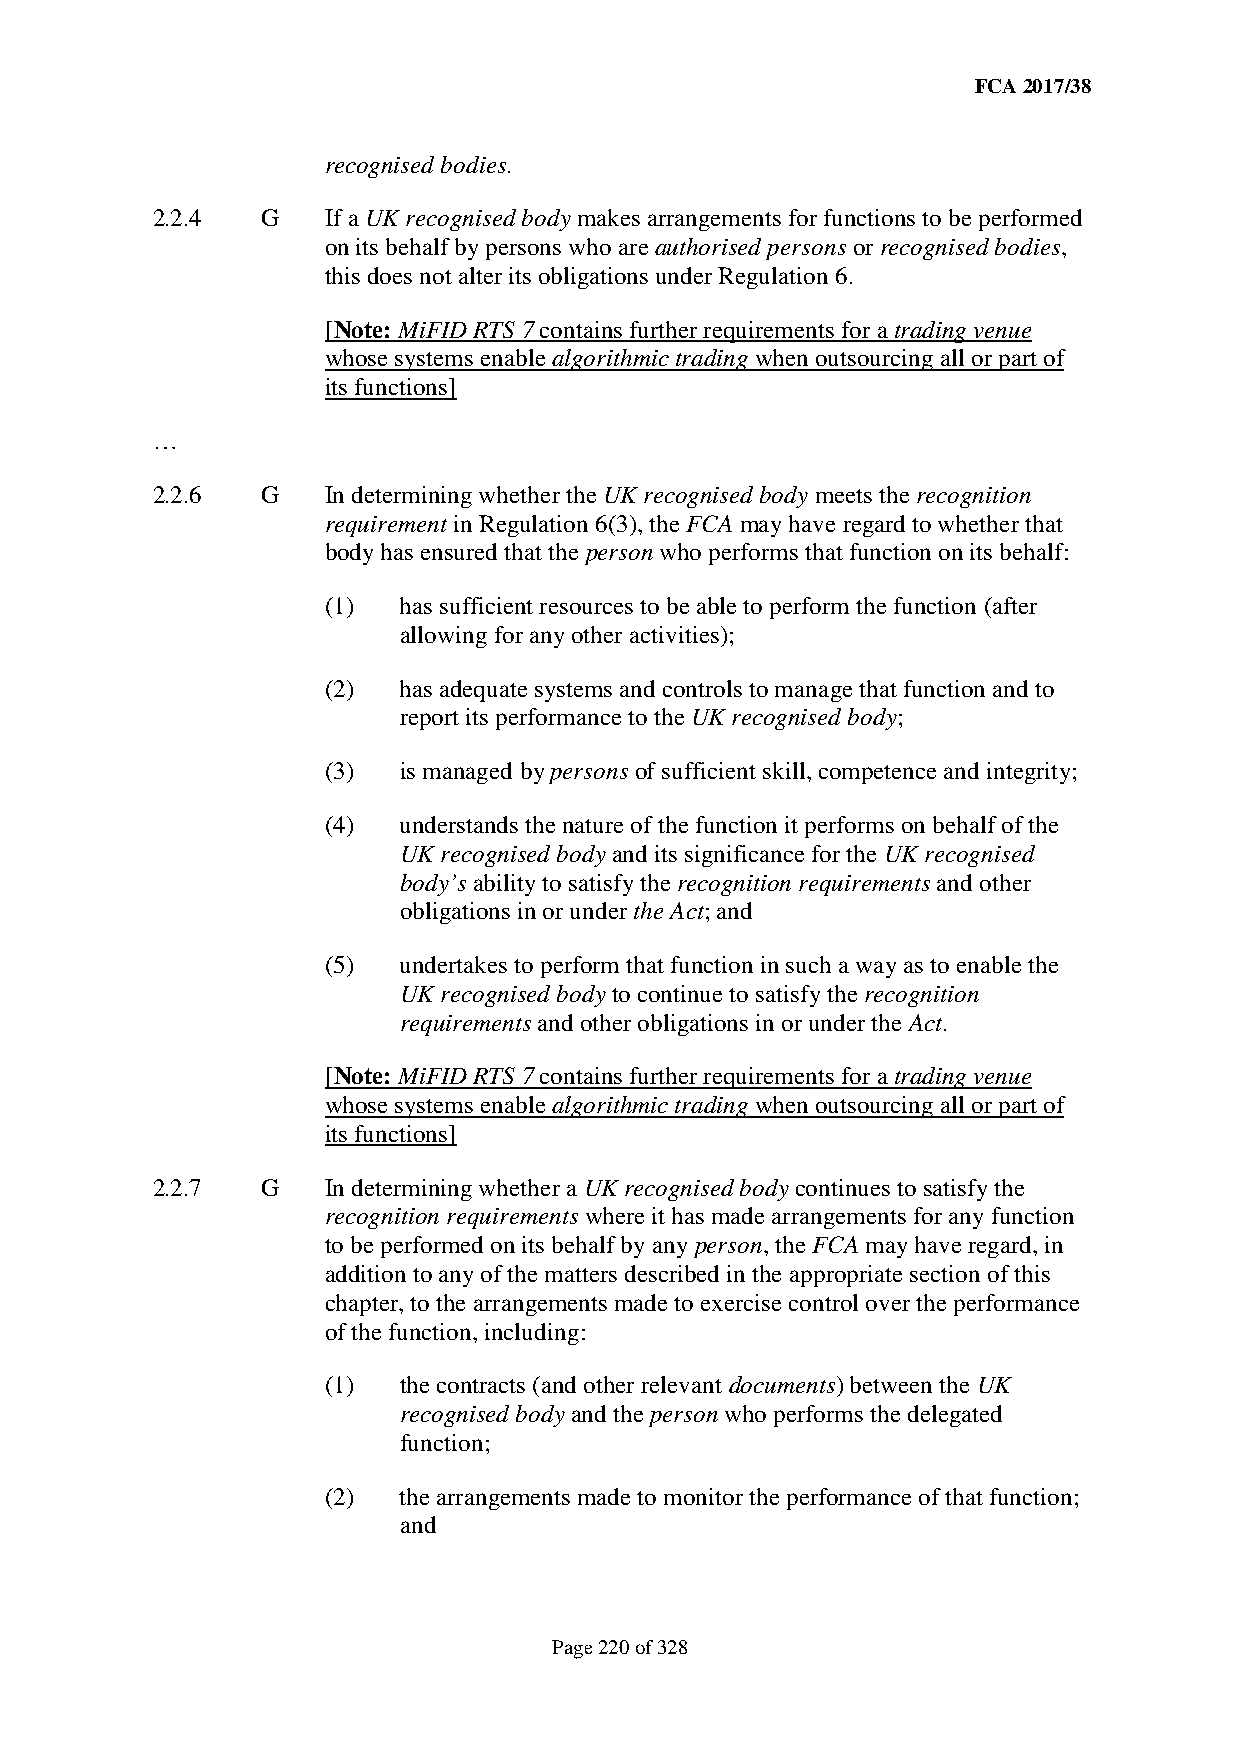
FCA 2017/38
 recognised bodies.
 2.2.4  G    If a UK recognised body makes arrangements for functions to be performed
 on its behalf by persons who are authorised persons or recognised bodies,
 this does not alter its obligations under Regulation 6.
 [Note: MiFID RTS 7 contains further requirements for a trading venue
 whose systems enable algorithmic trading when outsourcing all or part of
 its functions]
 …
 2.2.6  G    In determining whether the UK recognised body meets the recognition
 requirement in Regulation 6(3), the FCA may have regard to whether that
 body has ensured that the person who performs that function on its behalf:
 (1) has sufficient resources to be able to perform the function (after
 allowing for any other activities);
 (2) has adequate systems and controls to manage that function and to
 report its performance to the UK recognised body;
 (3) is managed by persons of sufficient skill, competence and integrity;
 (4) understands the nature of the function it performs on behalf of the
 UK recognised body and its significance for the UK recognised
 body’s ability to satisfy the recognition requirements and other
 obligations in or under the Act; and
 (5) undertakes to perform that function in such a way as to enable the
 UK recognised body to continue to satisfy the recognition
 requirements and other obligations in or under the Act.
 [Note: MiFID RTS 7 contains further requirements for a trading venue
 whose systems enable algorithmic trading when outsourcing all or part of
 its functions]
 2.2.7  G    In determining whether a UK recognised body continues to satisfy the
 recognition requirements where it has made arrangements for any function
 to be performed on its behalf by any person, the FCA may have regard, in
 addition to any of the matters described in the appropriate section of this
 chapter, to the arrangements made to exercise control over the performance
 of the function, including:
 (1) the contracts (and other relevant documents) between the UK
 recognised body and the person who performs the delegated
 function;
 (2) the arrangements made to monitor the performance of that function;
 and
 Page 220 of 328